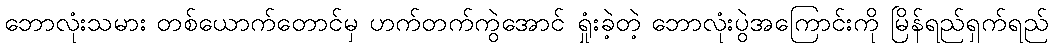
ဘောလုံးသမား တစ်ယောက်တောင်မှ ဟက်တက်ကွဲအောင် ရှုံးခဲ့တဲ့ ဘောလုံးပွဲအကြောင်းကို မြိန်ရည်ရှက်ရည်